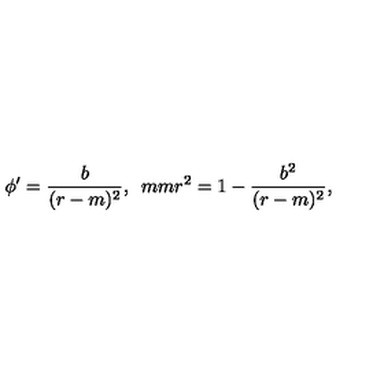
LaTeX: \phi ^ { \prime } = \frac { b } { ( r - m ) ^ { 2 } } , \hspace * { 5 m m } r ^ { 2 } = 1 - \frac { b ^ { 2 } } { ( r - m ) ^ { 2 } } ,